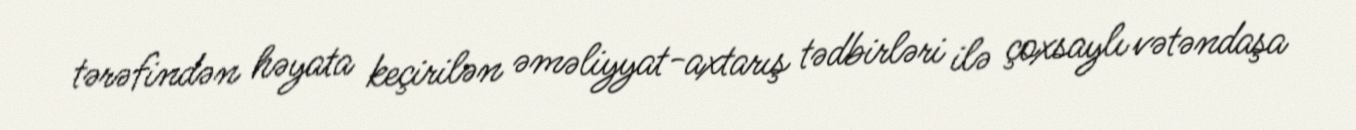
tərəfindən həyata keçirilən əməliyyat-axtarış tədbirləri ilə çoxsaylı vətəndaşa